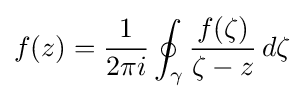
f(z)={\frac {1}{2\pi i}}\oint _{\gamma }{\frac {f(\zeta )}{\zeta -z}}\,d\zeta